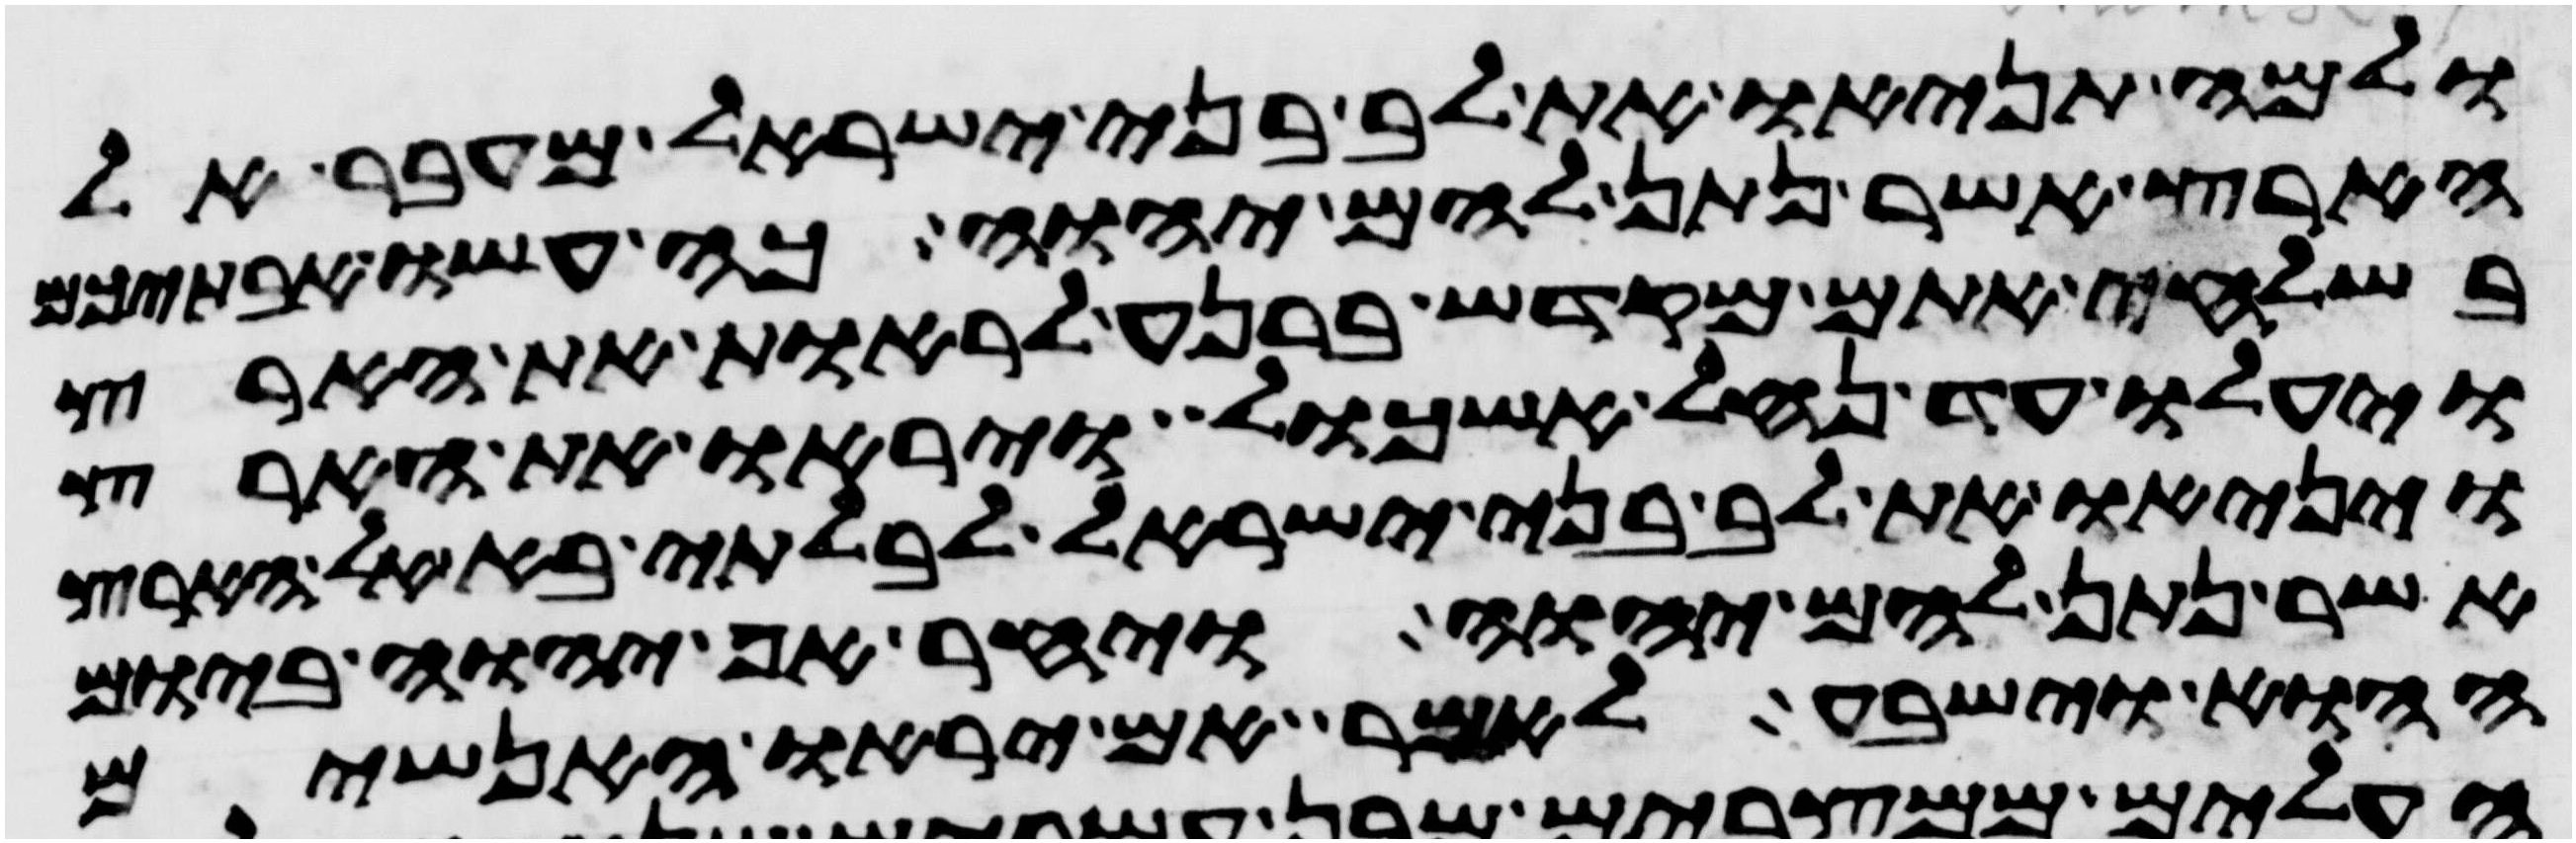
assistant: ולמה תניאו את לב בני ישראל מעבר אל
הארץ אשר נתן להם יהוה כה עשו אבתיכם
בשלחי אתם מקדש ברנע לראות את הארץ
ויעלו עד נחל אשכול ויראו את הארץ
ויניאו את לב בני ישראל לבלתי בא אל הארץ
אשר נתן להם יהוה ויחר אף יהוה ביום
ההוא וישבע לאמר אם יראו האנשים